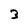
Character: 3